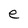
Character: e